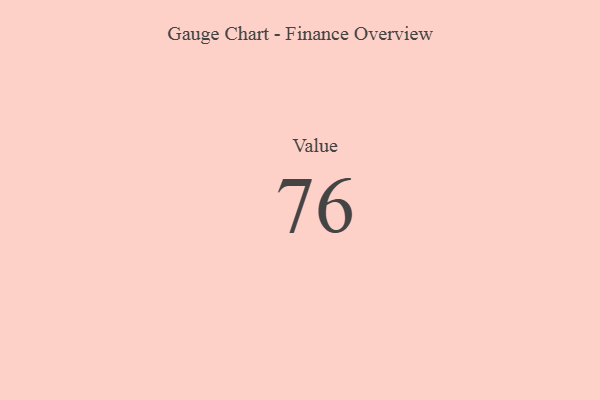
{"axis": {"x": "Metric", "y": "Value"}, "legend": [""], "data": [{"x": "Value", "y": 76, "type": ""}]}